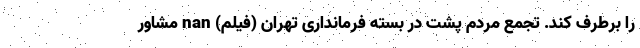
را برطرف کند. تجمع مردم پشت در بسته فرمانداری تهران (فیلم) nan مشاور